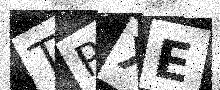
Text: TPXE